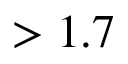
> 1 . 7